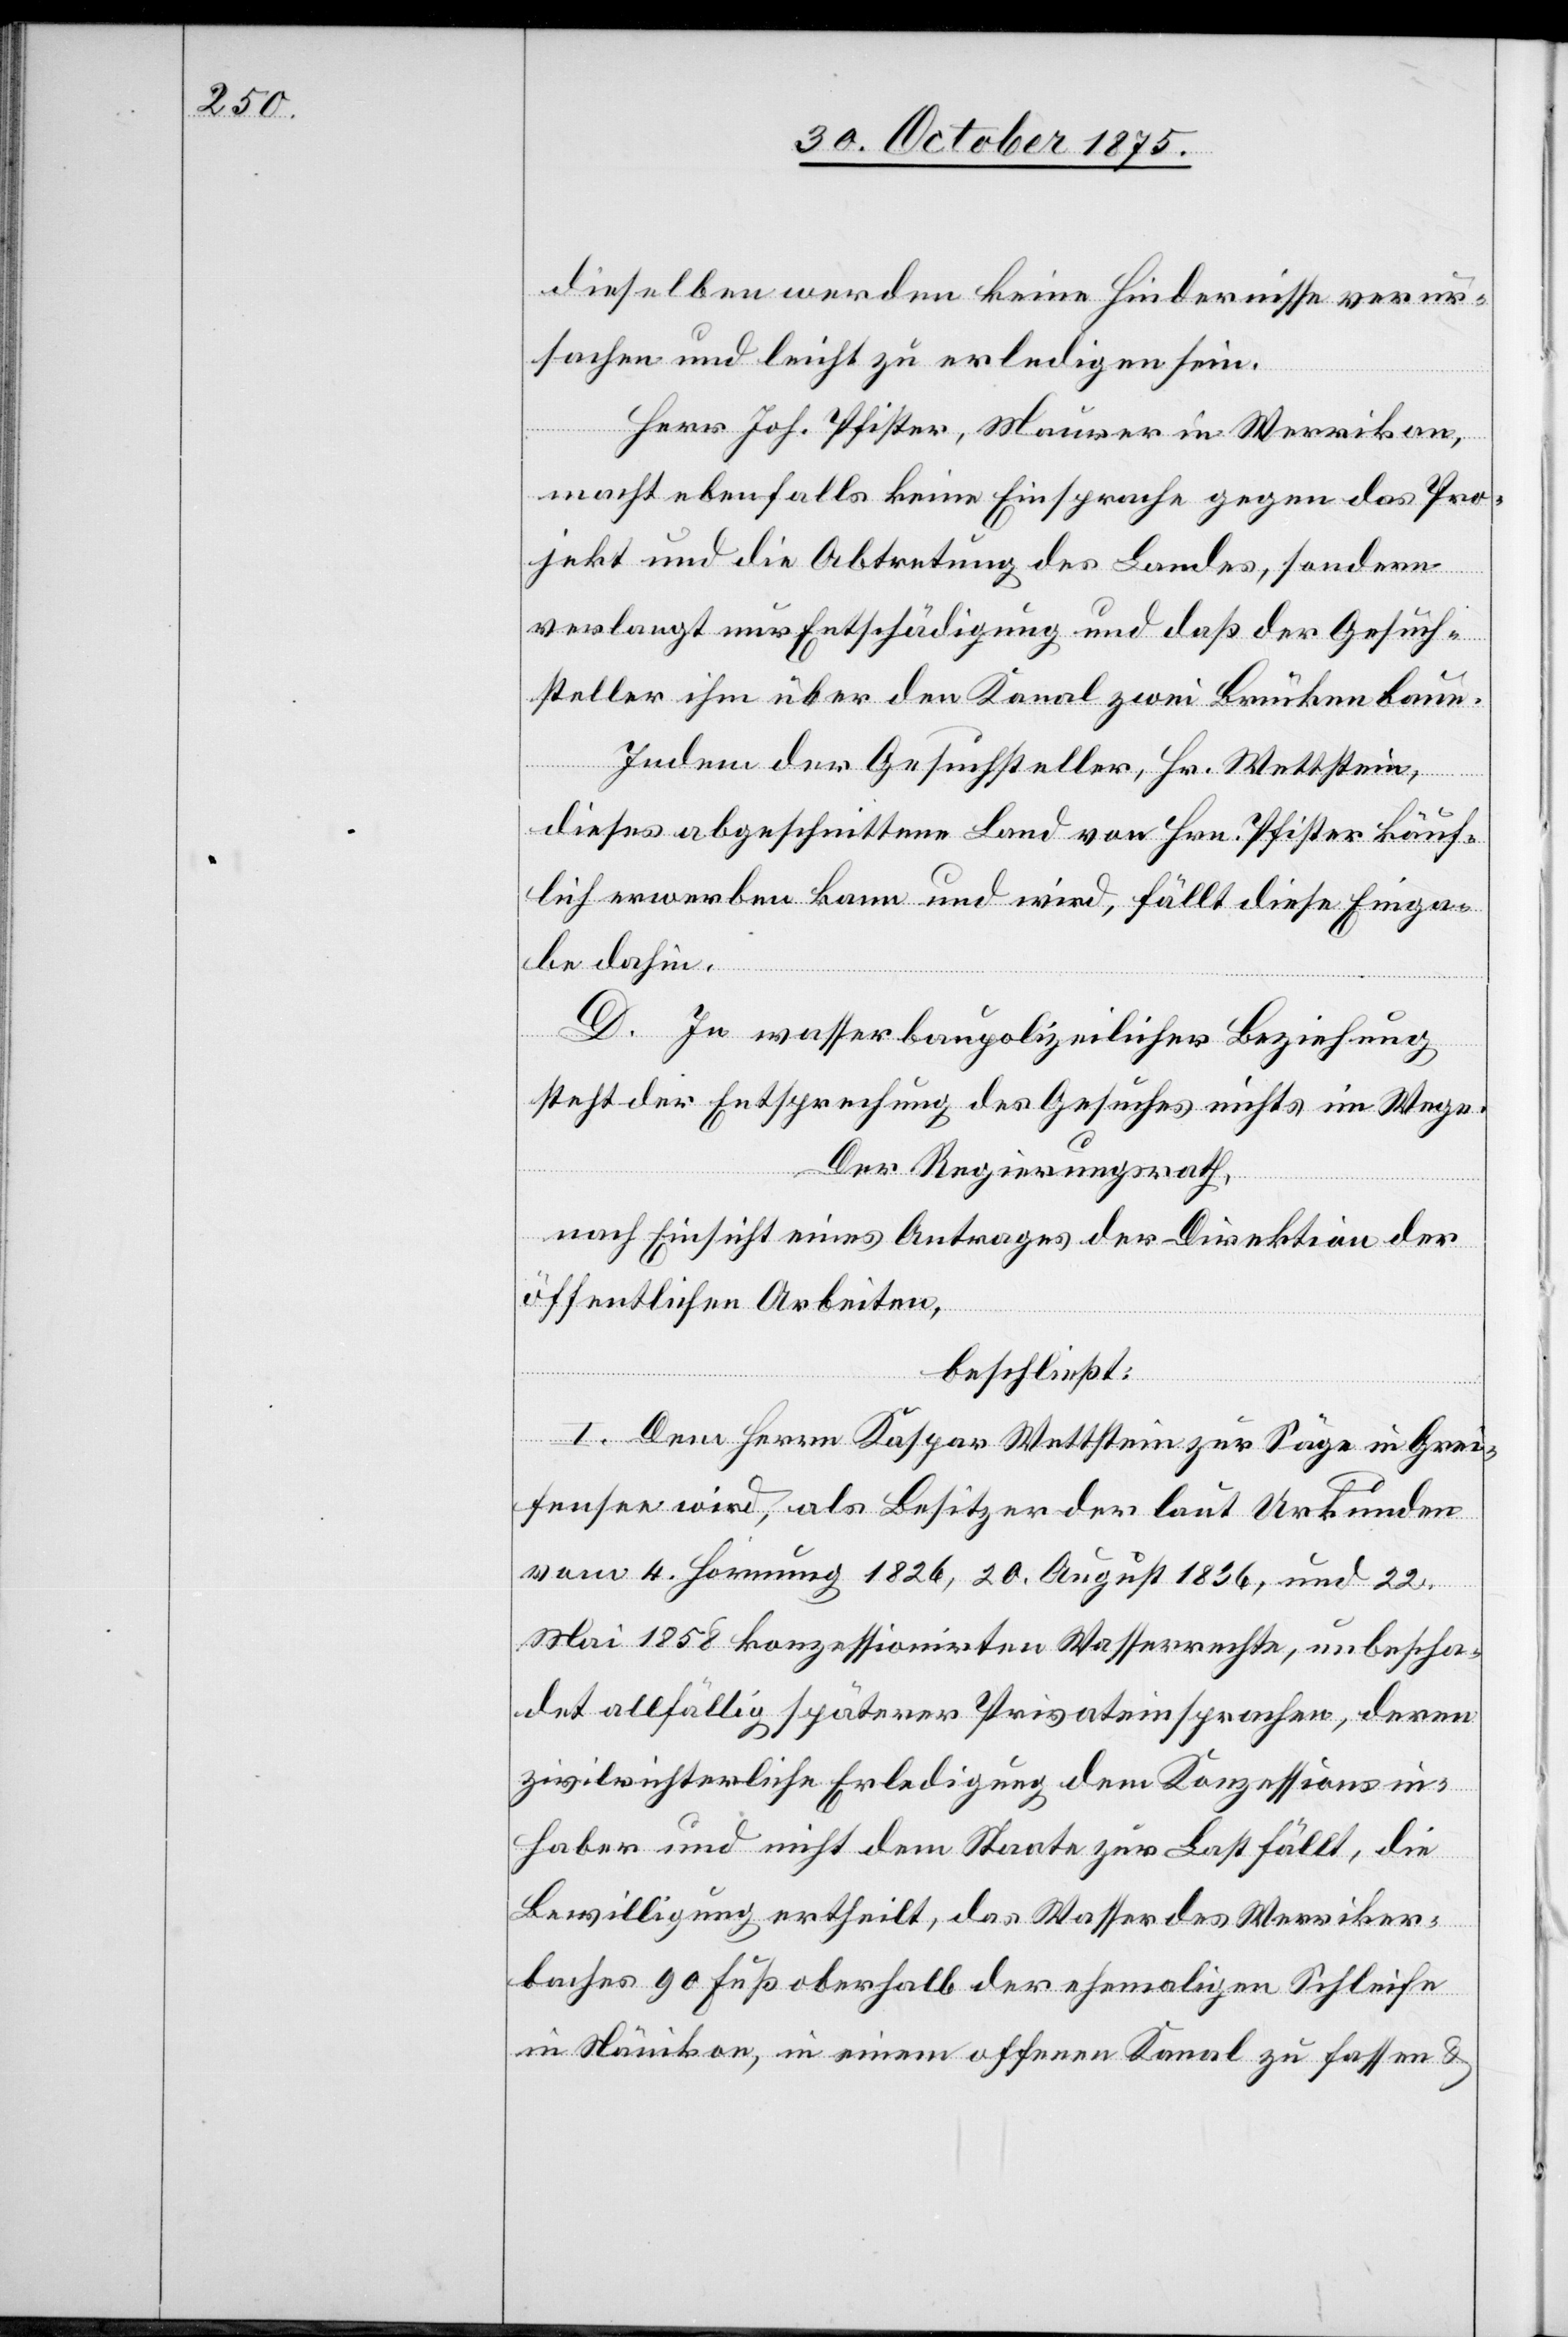
dieselben werden keine Hindernisse verur¬
sachen und leicht zu erledigen sein.
Herr Joh. Pfister, Maurer in Werrikon,
macht ebenfalls keine Einsprache gegen das Pro¬
jekt und die Abtretung des Landes, sondern
verlangt nur Entschädigung und daß der Gesuch¬
steller ihm über den Kanal zwei Brücken baue.
Indem der Gesuchsteller, Hr. Wettstein,
dieses abgeschnittene Land von Hrn. Pfister käuf¬
lich erwerben kann und wird, fällt diese Einga¬
be dahin.
D. In wasserbaupolizeilicher Beziehung
steht der Entsprechung des Gesuches nichts im Wege.
Der Regierungsrath,
nach Einsicht eines Antrages der Direktion der
öffentlichen Arbeiten,
beschließt:
I. Dem Herrn Kaspar Wettstein zur Säge in Grei¬
fensee wird, als Besitzer der laut Urkunden
vom 4. Hornung 1826, 20. August 1836, und 22.
Mai 1858 konzessionirten Wasserrechte, unbescha¬
det allfällig späterer Privateinsprachen, deren
zivilrichterliche Erledigung dem Konzessionsin¬
haber und nicht dem Staate zur Last fällt, die
Bewilligung ertheilt, das Wasser des Werriker¬
baches 90 Fuß oberhalb der ehemaligen Schleife
in Nänikon, in einem offenen Kanal zu fassen &